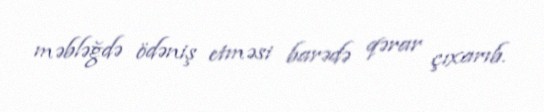
məbləğdə ödəniş etməsi barədə qərar çıxarıb.